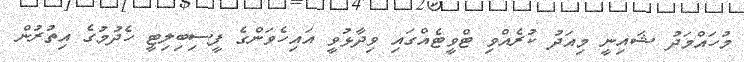
މުހައްމަދު ޝައިނީ މިއަދު ކުރެއްވި ޓްވީޓެއްގައި ވިދާޅުވީ އައިހެވަންގެ ފީސިބިލިޓީ ހެދުމުގެ އިތުރުން